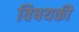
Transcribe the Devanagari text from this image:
विषयकी